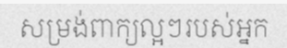
សម្រង់ពាក្យល្អៗរបស់អ្នក